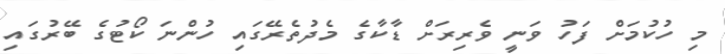
މި ހުކުމަށް ފަހު ވަނީ ވެރިރަށް ޑާކާގެ މެދުތެރޭގައި ހުންނަ ކޯޓުގެ ބޭރުގައި